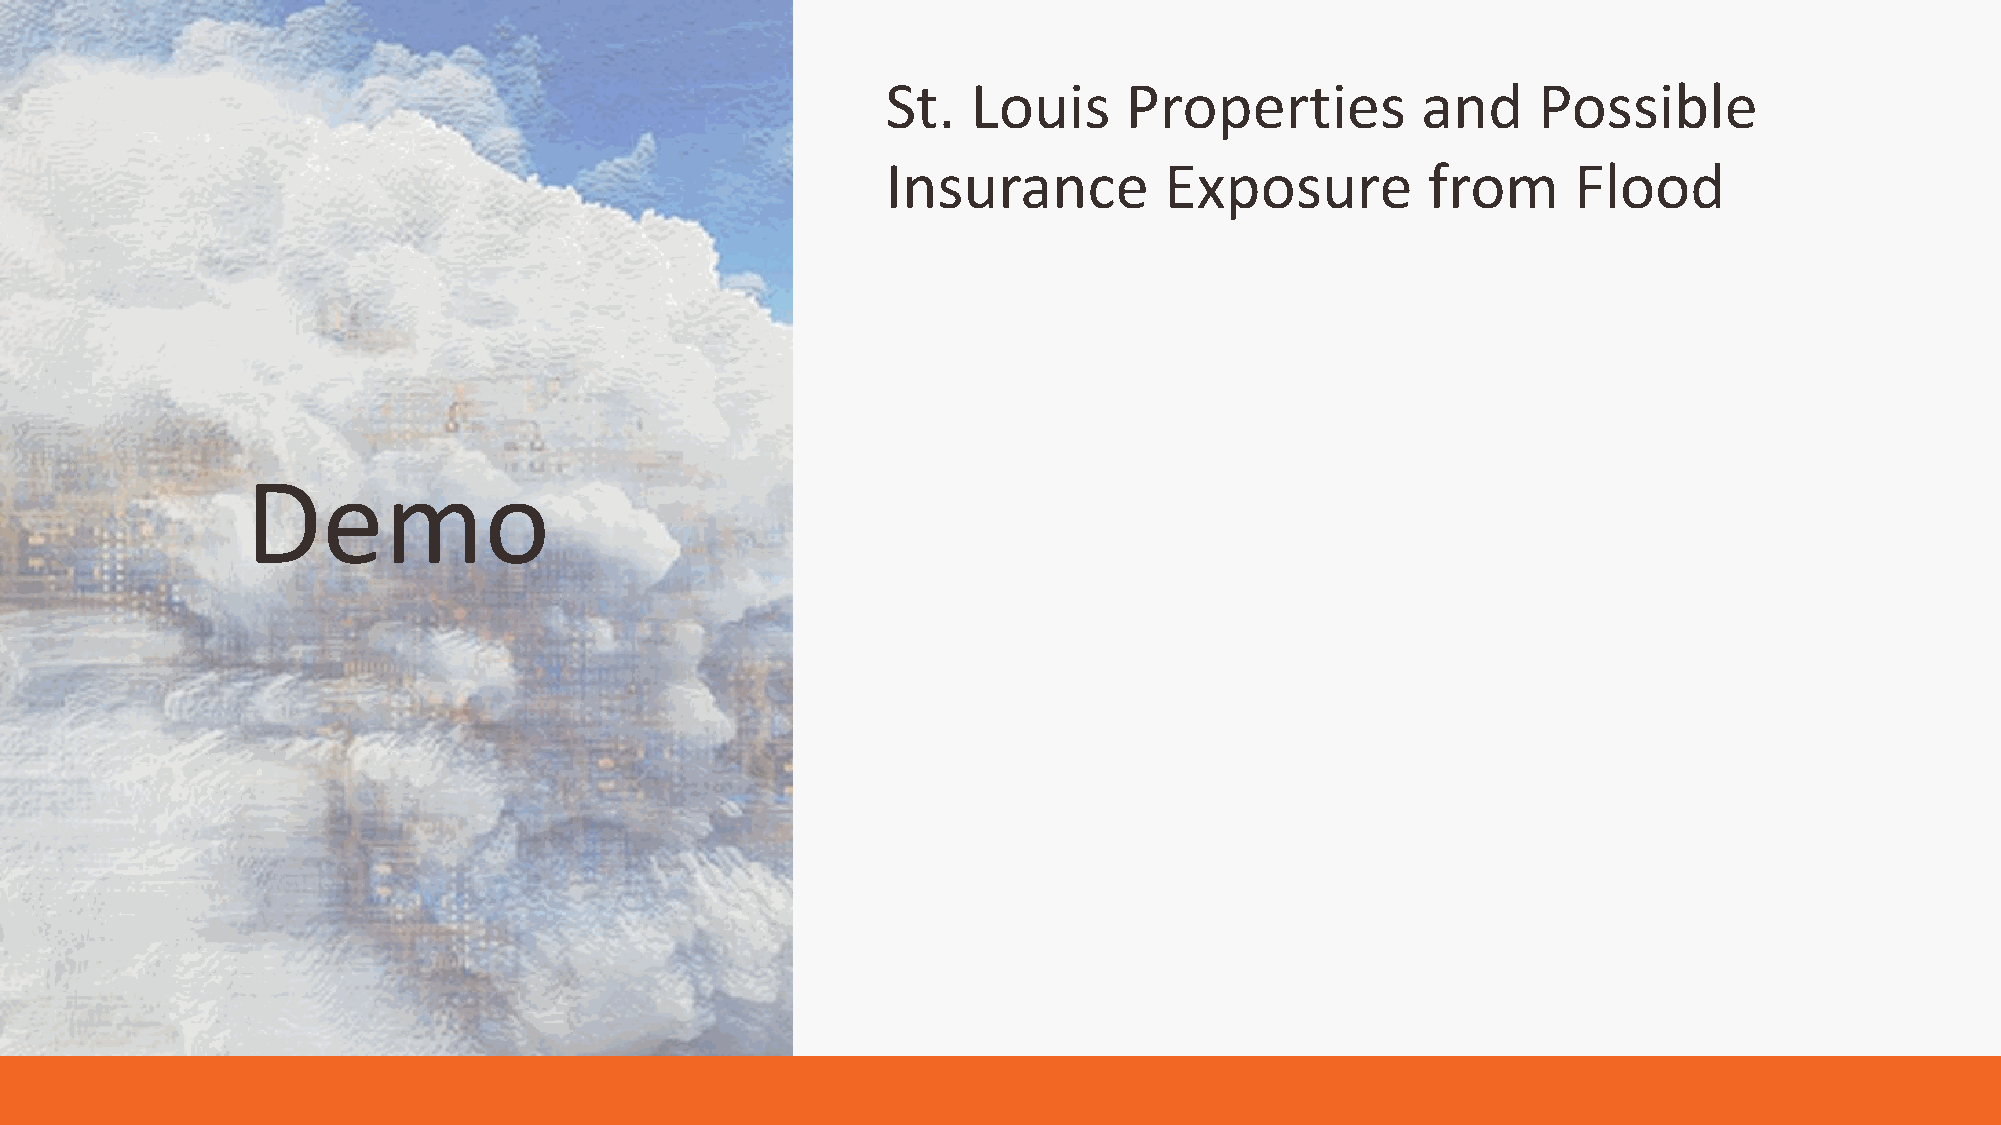
St.  Louis     Properties          and     Possible
 Insurance         Exposure         from      Flood
 Demo